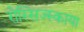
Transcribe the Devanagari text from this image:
रोस्सिज्स्काया